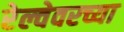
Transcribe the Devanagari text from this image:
रेल्वेवरच्या